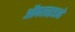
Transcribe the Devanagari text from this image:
ऑक्साइडने